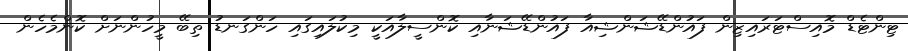
ޓިންޓެޑް މޮއިސްޓަރައިޒިން ފައުންޑޭޝަންޝިއާ ފައުންޑޭޝަނާއި ކޮންސީލާއަކީ މިކުލައިގައި ހަންގަނޑު ތިބޭ މީހުންނަށް ކޮންމެހެން